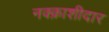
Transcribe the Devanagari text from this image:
नक्क़ाशीदार